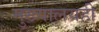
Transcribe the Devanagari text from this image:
मुख्यालयही